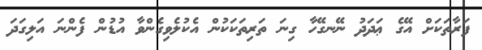
ފަރާތަކަށް އޭގެ ޢަދަދު ނޭނގޭހާ ގިނަ ތަރިތަކަކުން އެކުލެވިގެންވާ އުޑުން ފެންނަ އަލިގަދަ